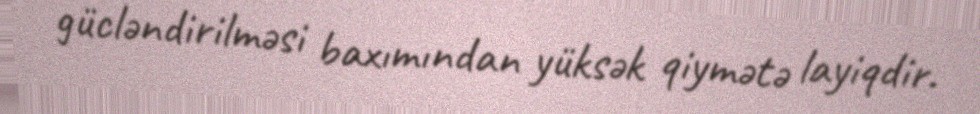
gücləndirilməsi baxımından yüksək qiymətə layiqdir.